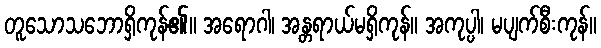
တူသောသဘောရှိကုန်၏။ အရောဂါ၊ အန္တရာယ်မရှိကုန်။ အကုပ္ပါ၊ မပျက်စီးကုန်။